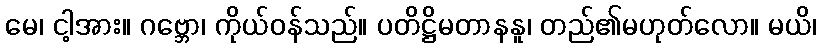
မေ၊ ငါ့အား။ ဂဗ္ဘော၊ ကိုယ်ဝန်သည်။ ပတိဋ္ဌိမတာနနူ၊ တည်၏မဟုတ်လော။ မယိ၊